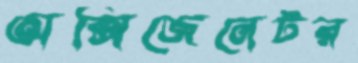
অক্সিজেনেটর